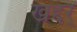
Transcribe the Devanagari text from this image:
खद्दर्